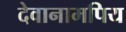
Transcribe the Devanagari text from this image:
देवानामपिय